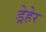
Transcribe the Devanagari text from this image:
ड्रेहेर